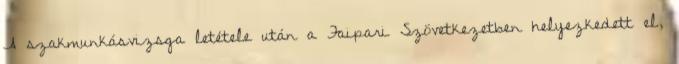
A szakmunkásvizsga letétele után a Faipari Szövetkezetben helyezkedett el,